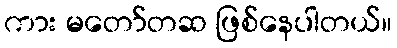
ကား မတော်တဆ ဖြစ်နေပါတယ်။